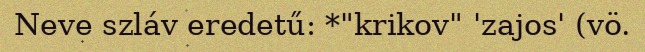
Neve szláv eredetű: *"krikov" 'zajos' (vö.